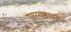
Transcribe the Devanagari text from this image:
पारगडावरील